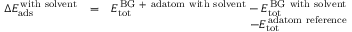
\begin{array} { r l r } { \Delta E _ { \mathrm { a d s } } ^ { \mathrm { \, w i t h \ s o l v e n t } } } & { = } & { E _ { \mathrm { t o t } } ^ { \mathrm { \, B G \ + \ a d a t o m \ w i t h \ s o l v e n t } } - E _ { \mathrm { t o t } } ^ { \mathrm { \, B G \ w i t h \ s o l v e n t } } } \\ & { } & { - E _ { \mathrm { t o t } } ^ { \mathrm { \, a d a t o m \ r e f e r e n c e } } } \end{array}